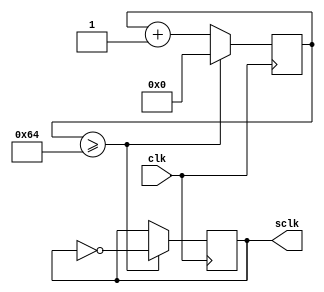
`timescale 1ns / 1ps
//////////////////////////////////////////////////////////////////////////////////
// Company: 
// Engineer: 
// 
// Design Name: 
// Module Name:    CLK_Module 
// Project Name: 
// Target Devices: 
// Tool versions: 
// Description: 
//
// Dependencies: 
//
// Revision: 
// Revision 0.01 - File Created
// Additional Comments: 
//
//////////////////////////////////////////////////////////////////////////////////
module CLK_Module(clk,sclk
    );
input clk;
output sclk;  //1M

reg[6:0] clkCnt;
reg sclk;
initial
	begin
		clkCnt <= 0;
		sclk <= 0;
	end

always@(posedge clk)
	begin
		clkCnt <= clkCnt + 1'b1;
		if(clkCnt >= 9'd100)
			begin
				sclk = !sclk;
				clkCnt <= 0;
			end
	end

endmodule